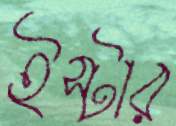
ইস্টার